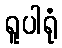
ရူပါရုံ